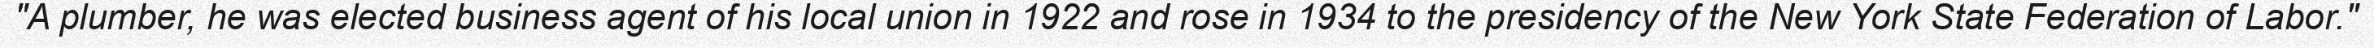
"A plumber, he was elected business agent of his local union in 1922 and rose in 1934 to the presidency of the New York State Federation of Labor."